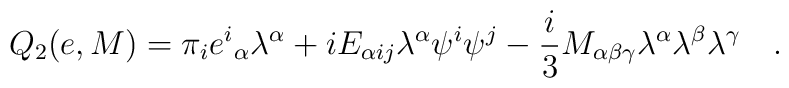
Q_2(e,M) = \pi_i {e^i}_\alpha \lambda^\alpha + i E_{\alpha ij}    \lambda^\alpha \psi^i \psi^j - \frac{i}{3} M_{\alpha \beta    \gamma} \lambda^\alpha \lambda^\beta \lambda^\gamma \quad.